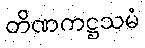
တိဏကဋ္ဌသမံ